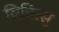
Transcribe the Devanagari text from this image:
विवित्सु